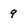
Character: 9